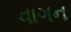
વાગન